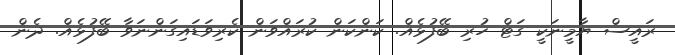
ރައީސް ޔާމީނަކީ ގަޓް ހުރި ބޭފުޅެއް. ކަންކަން ކުރައްވަން ކެރިވަޑައިގަންނަވާ ބޭފުޅެއް. ދެން